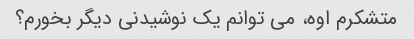
متشکرم اوه، می توانم یک نوشیدنی دیگر بخورم؟